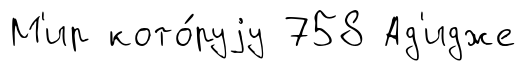
М'ир кото́руjу 758 Ад'идже